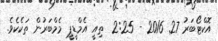
އޮކްޓޯބަރު 27